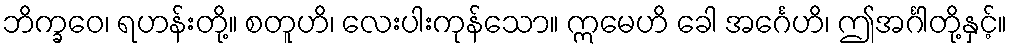
ဘိက္ခဝေ၊ ရဟန်းတို့။ စတူဟိ၊ လေးပါးကုန်သော။ ဣမေဟိ ခေါ အင်္ဂေဟိ၊ ဤအင်္ဂါတို့နှင့်။